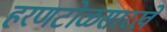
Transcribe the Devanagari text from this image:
हरणटोळसारखे